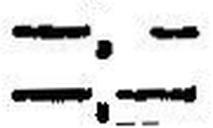
—.—